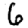
Digit: 6